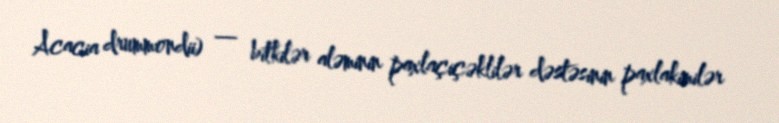
Acacia drummondii) — bitkilər aləminin paxlaçiçəklilər dəstəsinin paxlakimilər